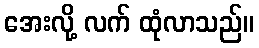
အေးလို့ လက် ထုံလာသည်။